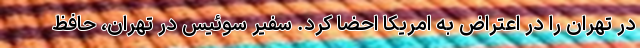
در تهران را در اعتراض به امریکا احضا کرد. سفیر سوئیس در تهران، حافظ